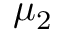
\mu _ { 2 }